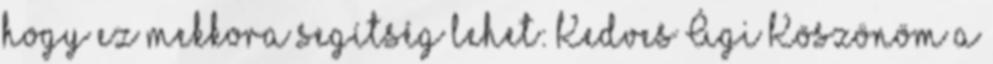
hogy ez mekkora segítség lehet: Kedves Ági Köszönöm a